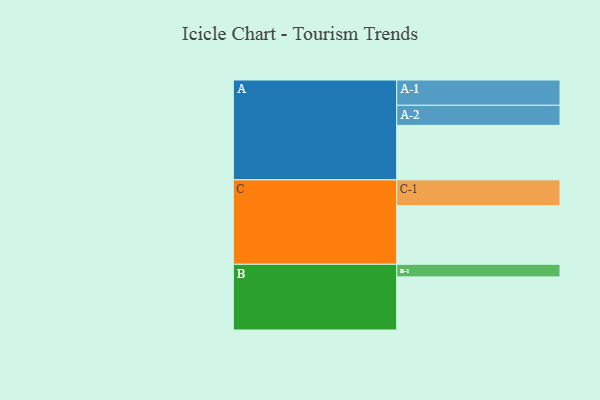
{"axis": {"x": "Segment", "y": "Value"}, "legend": ["", "A", "B", "C"], "data": [{"x": "A", "y": 485, "type": ""}, {"x": "B", "y": 473, "type": ""}, {"x": "C", "y": 521, "type": ""}, {"x": "A-1", "y": 225, "type": "A"}, {"x": "A-2", "y": 179, "type": "A"}, {"x": "B-1", "y": 112, "type": "B"}, {"x": "C-1", "y": 231, "type": "C"}]}